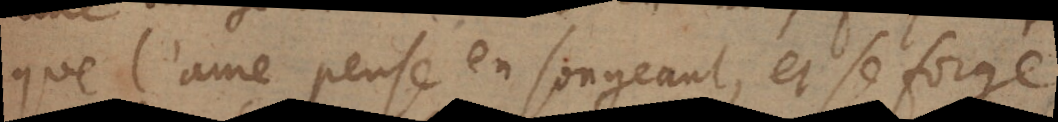
que l’ame pense en songeant, et se forge